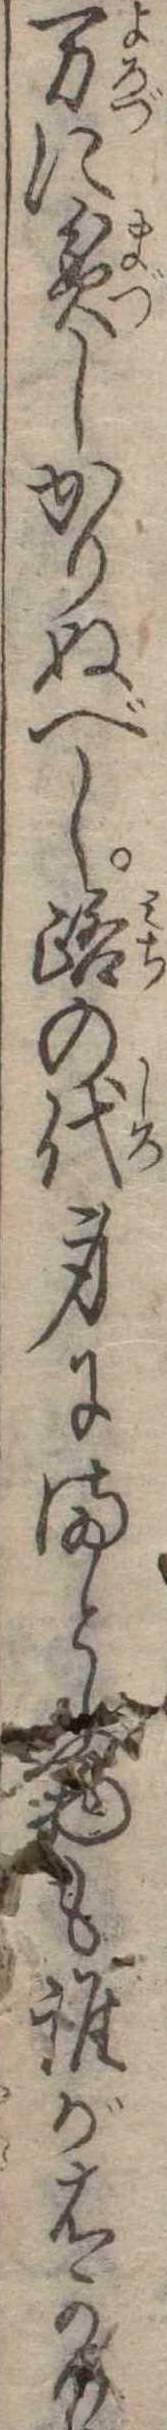
万に貧しかりぬべし路の代身にまとふ物も誰がはかり